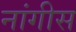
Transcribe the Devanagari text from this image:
नांगीस